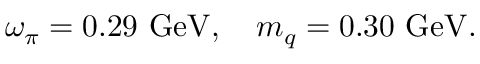
\omega _ { \pi } = 0 . 2 9 ~ \mathrm { G e V } , ~ ~ ~ m _ { q } = 0 . 3 0 ~ \mathrm { G e V } .